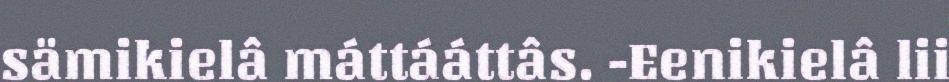
sämikielâ máttááttâs. -Eenikielâ lii